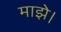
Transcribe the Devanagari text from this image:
माझे।